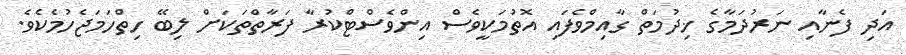
އަދި ފެނާއި ނަރުދަމާގެ ޚިދުމަތް ގާއިމްވެފައި އޮތުމަކީވެސް އިންވެސްޓްކުރާ ފަރާތްތަކަށް ލިބޭ ހިތްހަމަޖެހުމެކެވެ.